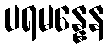
ပရမန္နေန